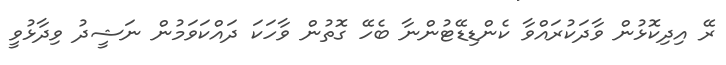
ރޭ އިދިކޮޅުން ވާދަކުރައްވާ ކެންޑިޑޭޓުންނާ ބެހޭ ގޮތުން ވާހަކަ ދައްކަވަމުން ނަޝީދު ވިދާޅުވީ